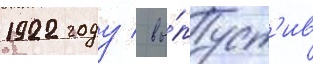
1922 году / вы́пуст'ив